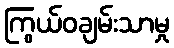
ကြွယ်ဝချမ်းသာမှု